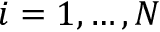
i = 1 , \dots , N